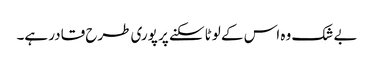
بے شک وہ اس کے لوٹا سکنے پر پوری طرح قادر ہے۔